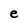
Character: e